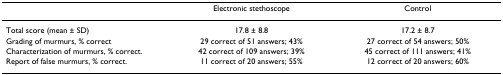
|  | Electronic stethoscope | Control |
 | --- | --- | --- |
 | Total score (mean ± SD) | 17.8 ± 8.8 | 17.2 ± 8.7 |
 | Grading of murmurs, % correct | 29 correct of 51 answers; 43% | 27 correct of 54 answers; 50% |
 | Characterization of murmurs, % correct. | 42 correct of 109 answers; 39% | 45 correct of 111 answers; 41% |
 | Report of false murmurs, % correct. | 11 correct of 20 answers; 55% | 12 correct of 20 answers; 60% |